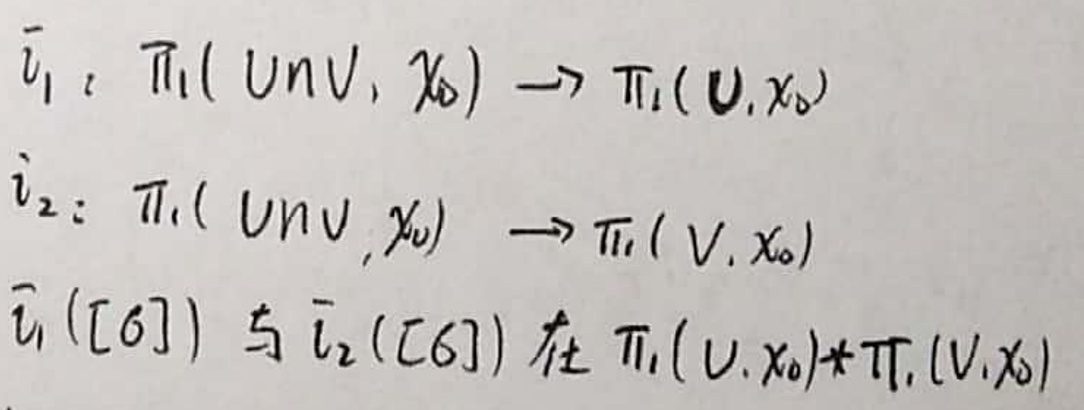
\[\bar{u}_1: \pi_1(U\cap V, x_0) \to \pi_1(U, x_0)\\
\bar{u}_2: \pi_1(U\cap V, x_0) \to \pi_1(V, x_0)\\
\bar{u}_1([\alpha]) \text{ 与 } \bar{u}_2([\alpha]) \text{ 在 } \pi_1(U, x_0) * \pi_1(V, x_0)\]